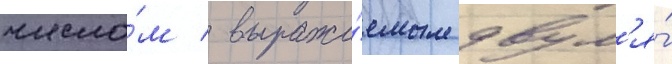
число́м / выража́емым двум'я́